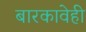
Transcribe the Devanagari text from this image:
बारकावेही